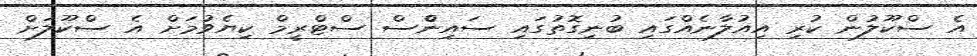
އެ ސްކޫލުން ކުރި އިއުލާނެއްގައި ބުނިގޮތުގައި ސައިންްސް ސްޓްރީމް ކިޔެވުމަށް އެ ސްކޫލަށް